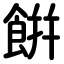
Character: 餠